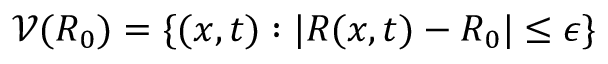
\mathcal { V } ( R _ { 0 } ) = \{ ( x , t ) : | R ( x , t ) - R _ { 0 } | \leq \epsilon \}